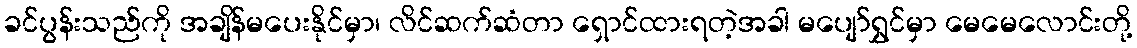
ခင်ပွန်းသည်ကို အချိန်မပေးနိုင်မှာ၊ လိင်ဆက်ဆံတာ ရှောင်ထားရတဲ့အခါ မပျော်ရွှင်မှာ မေမေလောင်းတို့